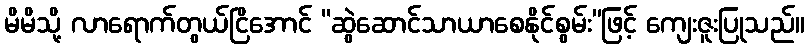
မိမိသို့ လာရောက်တွယ်ငြိအောင် “ဆွဲဆောင်သာယာစေနိုင်စွမ်း”ဖြင့် ကျေးဇူးပြုသည်။